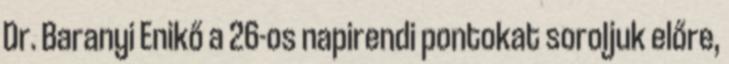
Dr. Baranyi Enikő a 26-os napirendi pontokat soroljuk előre,